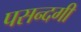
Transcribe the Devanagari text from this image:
पसन्दगी